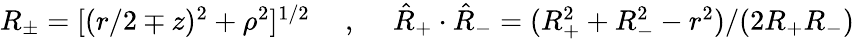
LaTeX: \begin{array}{ccc}{{R_{\pm}=[(r/2\mp z)^{2}+\rho^{2}]^{1/2}}}&{{\mathrm{~,~}}}&{{\hat{R}_{+}\cdot\hat{R}_{-}=(R_{+}^{2}+R_{-}^{2}-r^{2})/(2R_{+}R_{-})}}\end{array}